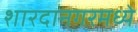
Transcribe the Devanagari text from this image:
शारदानगरमध्ये